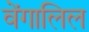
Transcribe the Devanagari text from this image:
वेंगालिल